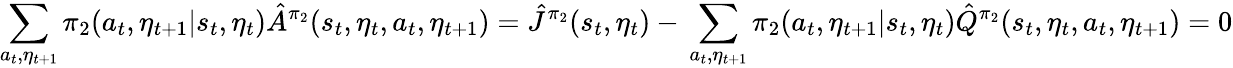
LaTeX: \sum_{a_{t},\eta_{t+1}}\pi_{2}(a_{t},\eta_{t+1}|s_{t},\eta_{t})\hat{A}^{\pi_{2}}(s_{t},\eta_{t},a_{t},\eta_{t+1})=\hat{J}^{\pi_{2}}(s_{t},\eta_{t})-\, \sum_{a_{t},\eta_{t+1}}\pi_{2}(a_{t},\eta_{t+1}|s_{t},\eta_{t})\hat{Q}^{\pi_{2}}(s_{t},\eta_{t},a_{t},\eta_{t+1})=0